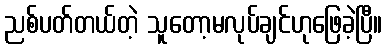
ညစ်ပတ်တယ်တဲ့ သူတော့မလုပ်ချင်ဟုဖြေခဲ့ပြီ။